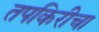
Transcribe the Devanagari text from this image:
तपकिरीचा